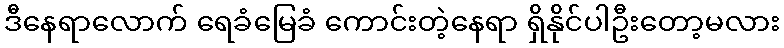
ဒီနေရာလောက် ရေခံမြေခံ ကောင်းတဲ့နေရာ ရှိနိုင်ပါဦးတော့မလား